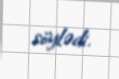
söylədi.